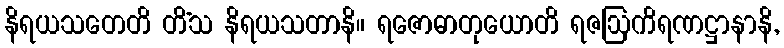
နိရယသတေတိ တိံသ နိရယသတာနိ။ ရဇောဓာတုယောတိ ရဇဩကိရဏဋ္ဌာနာနိ,